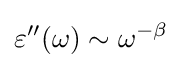
\varepsilon ''(\omega )\sim \omega ^{-\beta }